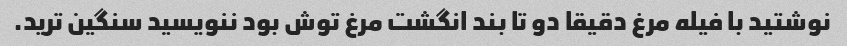
نوشتید با فیله مرغ دقیقا دو تا بند انگشت مرغ توش بود ننویسید سنگین ترید.